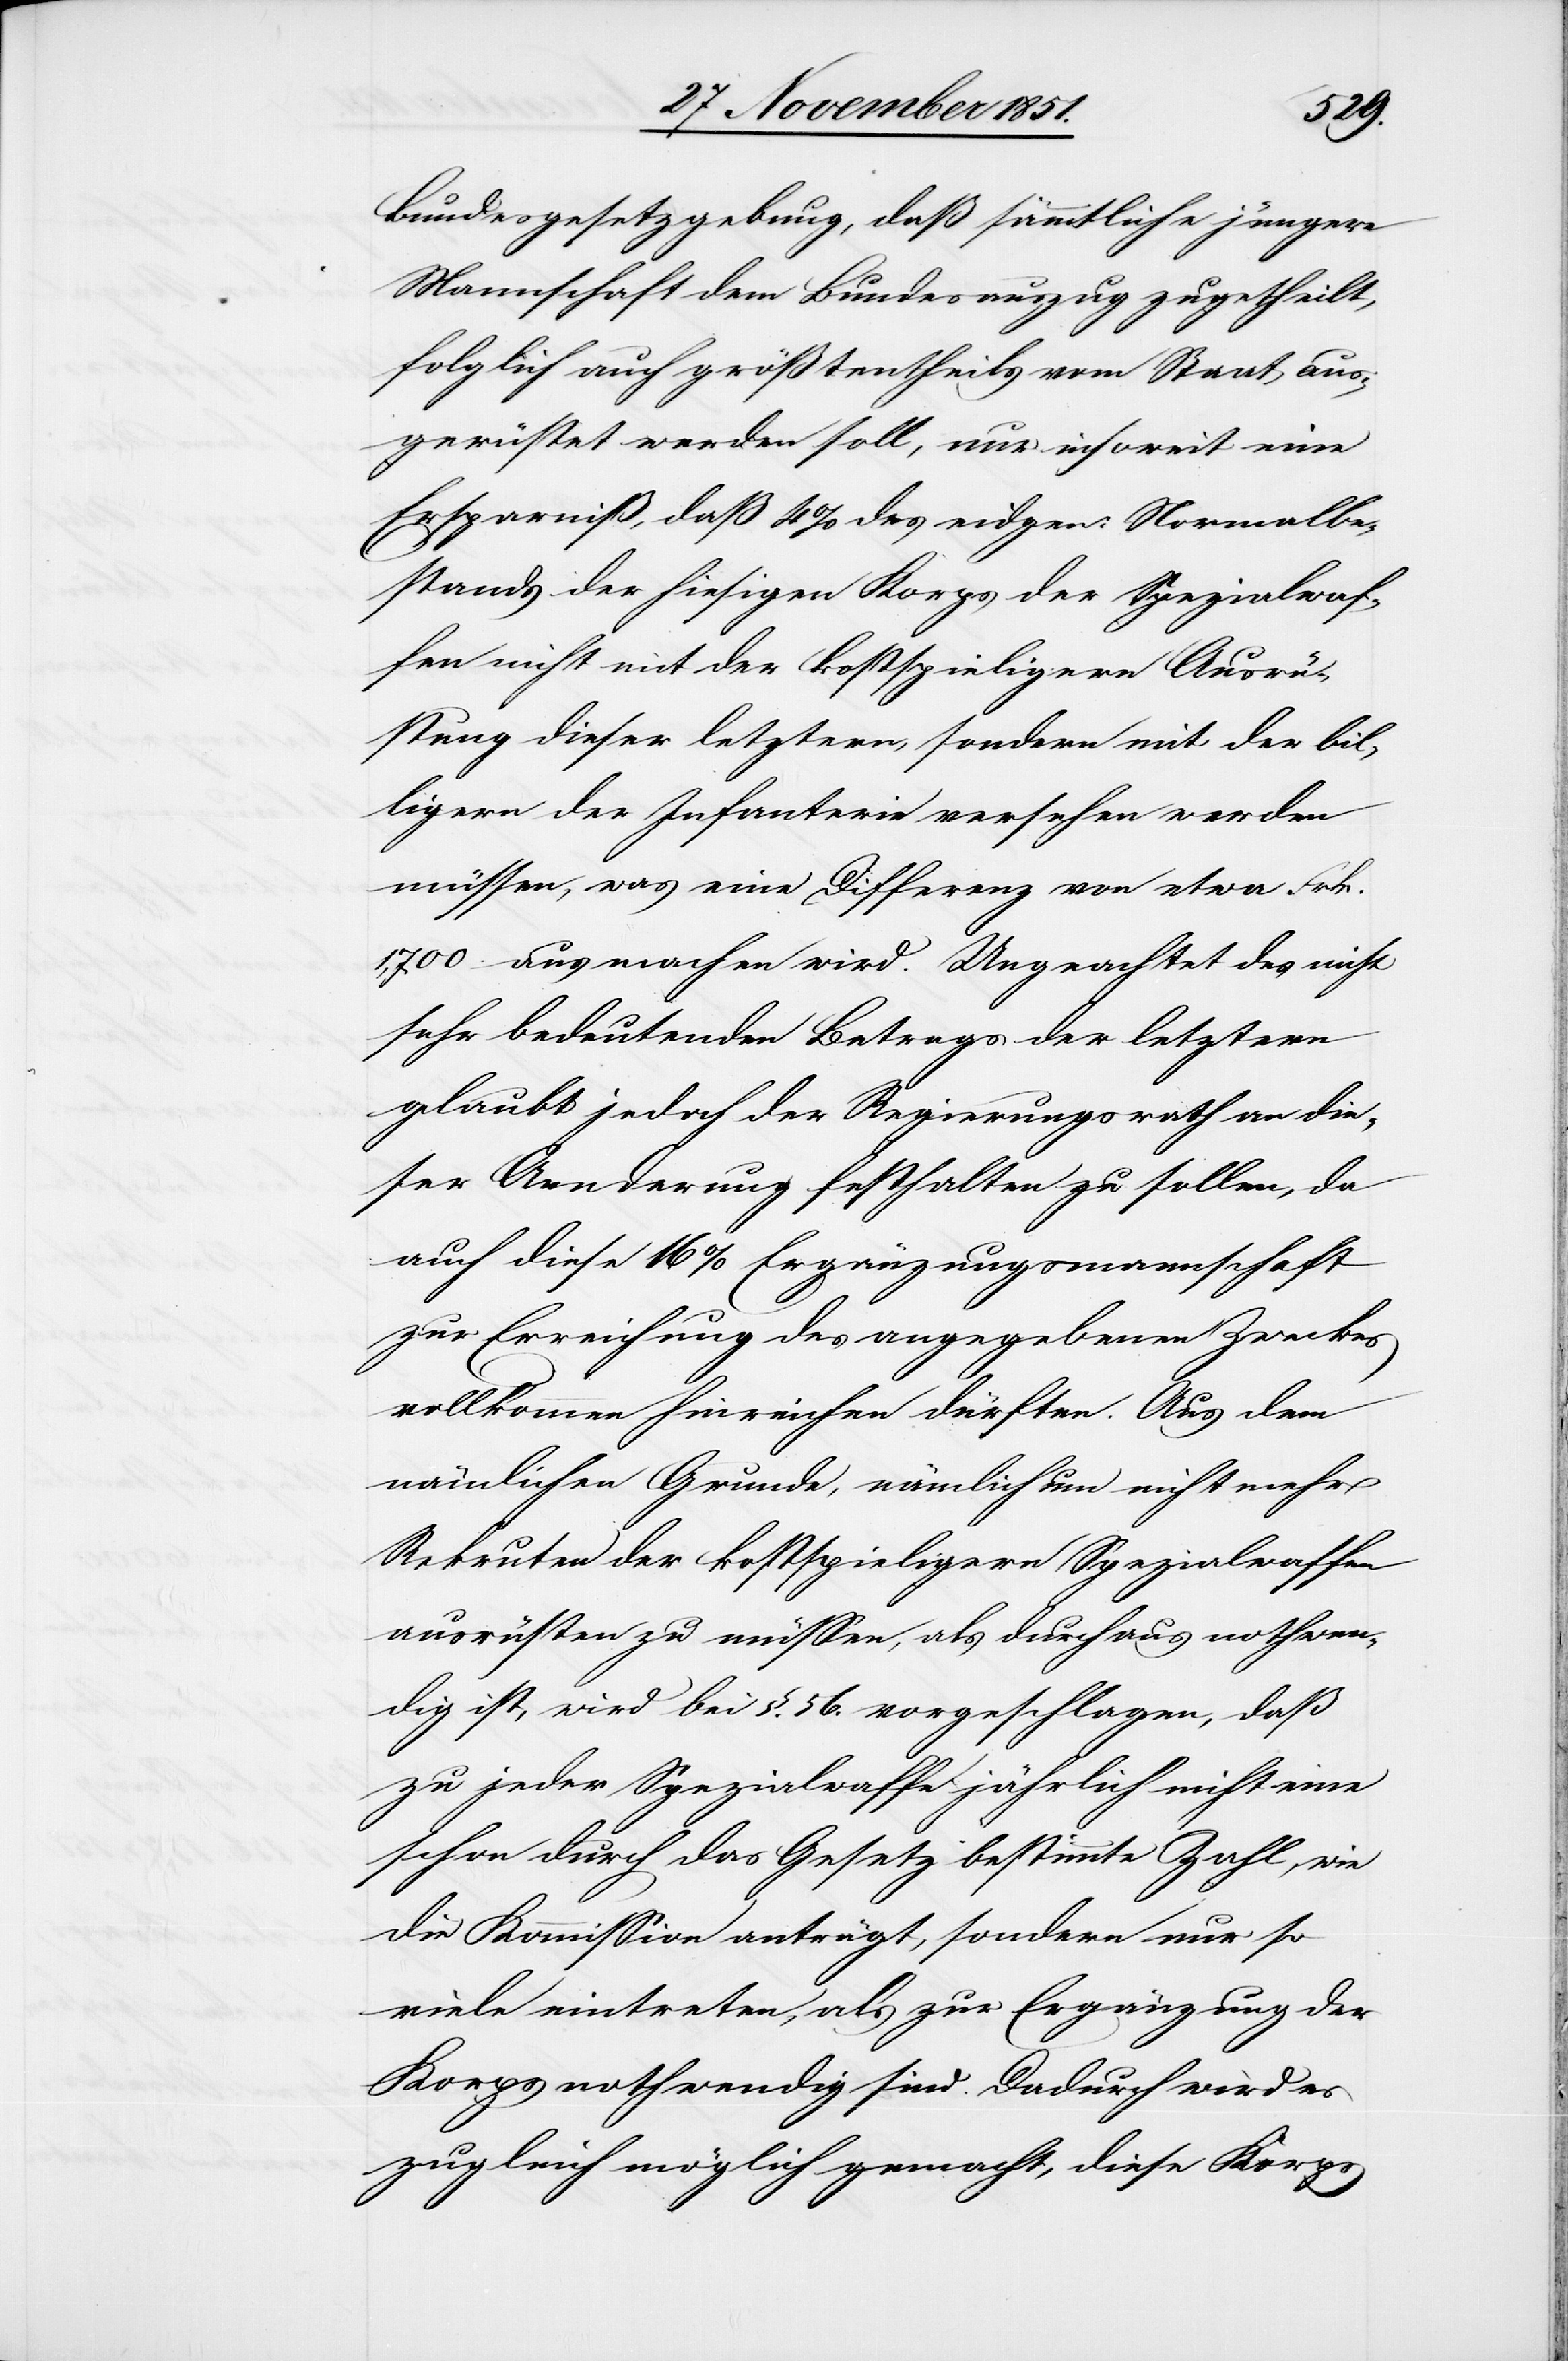
Bundesgesetzgebung, daß sämmtliche jüngere
Mannschaft dem Bundesauszug zugetheilt,
folglich auch größtentheils vom Staat, aus¬
gerüstet werden soll, nur insoweit eine
Ersparniß, daß 4% des eidgen: Normalbe¬
stands der hiesigen Korps der Spezialwaf¬
fen nicht mit der kostspieligern Ausrü¬
stung dieser letztern, sondern mit der bil¬
ligern der Infanterie versehen werden
müssen, was eine Differenz von etwa Frk.
1,700. ausmachen wird. Ungeachtet des nicht
sehr bedeutenden Betrags der letztern
glaubt jedoch der Regierungsrath an die¬
ser Aenderung festhalten zu sollen, da
auch diese 16% Ergänzungsmannschaft
zur Erreichung des angegebenen Zweckes
vollkommen hinreichen dürften. Aus dem
nämlichen Grunde, nämlich um nicht mehr
Rekruten der kostspieligern Spezialwaffen
ausrüsten zu müssen, als durchaus nothwen¬
dig ist, wird bei §. 56. vorgeschlagen, daß
zu jeder Spezialwaffe jährlich nicht eine
schon durch das Gesetz bestimmte Zahl, wie
die Kommission anträgt, sondern nur so
viele eintreten, als zur Ergänzung der
Korps nothwendig sind. Dadurch wird es
zugleich möglich gemacht, diese Korps